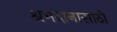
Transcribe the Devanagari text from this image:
श्रमदानासाठी